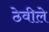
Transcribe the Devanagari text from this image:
ठेवीले